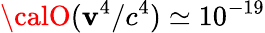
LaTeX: {\calO}(\mathbf{v}^{4}/c^{4})\simeq10^{-19}